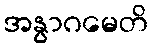
အနွာဂမေတိ